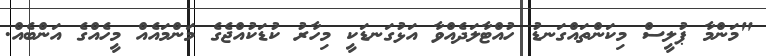
"މަންމާ ޕުލީސް މިކަންތައްގަނޑު ހުއްޓާލަދެއްވާ އަޅުގަނޑަކީ މިހާރު ކުޑަކުއްޖެގެ މަންމައެއް މީހެއްގެ އަންބެއް.